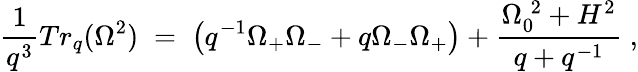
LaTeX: \frac{1}{q^{3}}Tr_{q}(\Omega^{2})\; =\; \left(q^{-1}\Omega_{+}\Omega_{-}+q\Omega_{-}\Omega_{+}\right)+\frac{\Omega_{0}^{\; 2}+H^{2}}{q+q^{-1}}\; ,